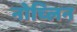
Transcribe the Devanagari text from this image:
नोच्लिन